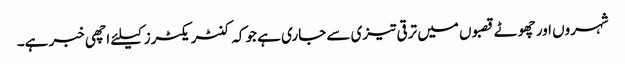
شہروں اور چھوٹے قصبوں میں ترقی تیزی سے جاری ہے جوکہ کنٹریکٹرز کیلئے اچھی خبر ہے۔